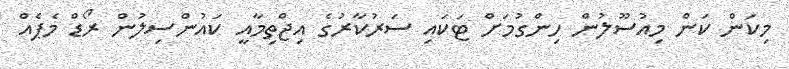
މިކަން ކަން މިއުސޫލުން ހިންގުމަށް ޓަކައި ސަރުކާރުގެ އިޖްތިމާއީ ކައުންސިލުން ރޯޑް މެޕެއް